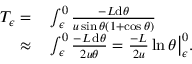
\begin{array} { r l } { T _ { \epsilon } = } & { { } \int _ { \epsilon } ^ { 0 } \frac { - L \mathrm { d } \theta } { u \sin \theta ( 1 + \cos \theta ) } } \\ { \approx } & { { } \int _ { \epsilon } ^ { 0 } \frac { - L \, \mathrm { d } \theta } { 2 u \theta } = \frac { - L } { 2 u } \ln \theta \big \vert _ { \epsilon } ^ { 0 } . } \end{array}